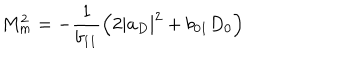
LaTeX: M _ { m } ^ { 2 } = - \frac { 1 } { b _ { 1 1 } } \left( 2 \left| a _ { D } \right| ^ { 2 } + { b } _ { 0 1 } D _ { 0 } \right)